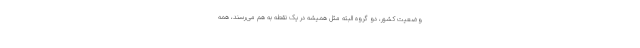
وضعیت کشور، دو گروه البته مثل همیشه در یک نقطه به هم می‌رسند، همه